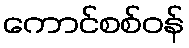
ကောင်စစ်ဝန်